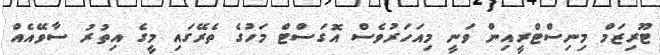
ޓޫރިޒަމް މިނިސްޓްރީއިން ވަނީ މިއަހަރުވެސް އޮގަސްޓް މަހުގެ ތެރޭގައި މީގެ އިތުރު ސާވޭއެއް